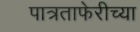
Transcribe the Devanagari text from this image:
पात्रताफेरीच्या